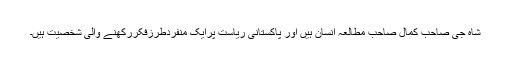
شاہ جی صاحب کمال صاحب مطالعہ انسان ہیں اور پاکستانی ریاست پرایک منفردطرزِفکررکھنے والی شخصیت ہیں۔